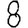
Digit: 8